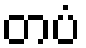
တပံ